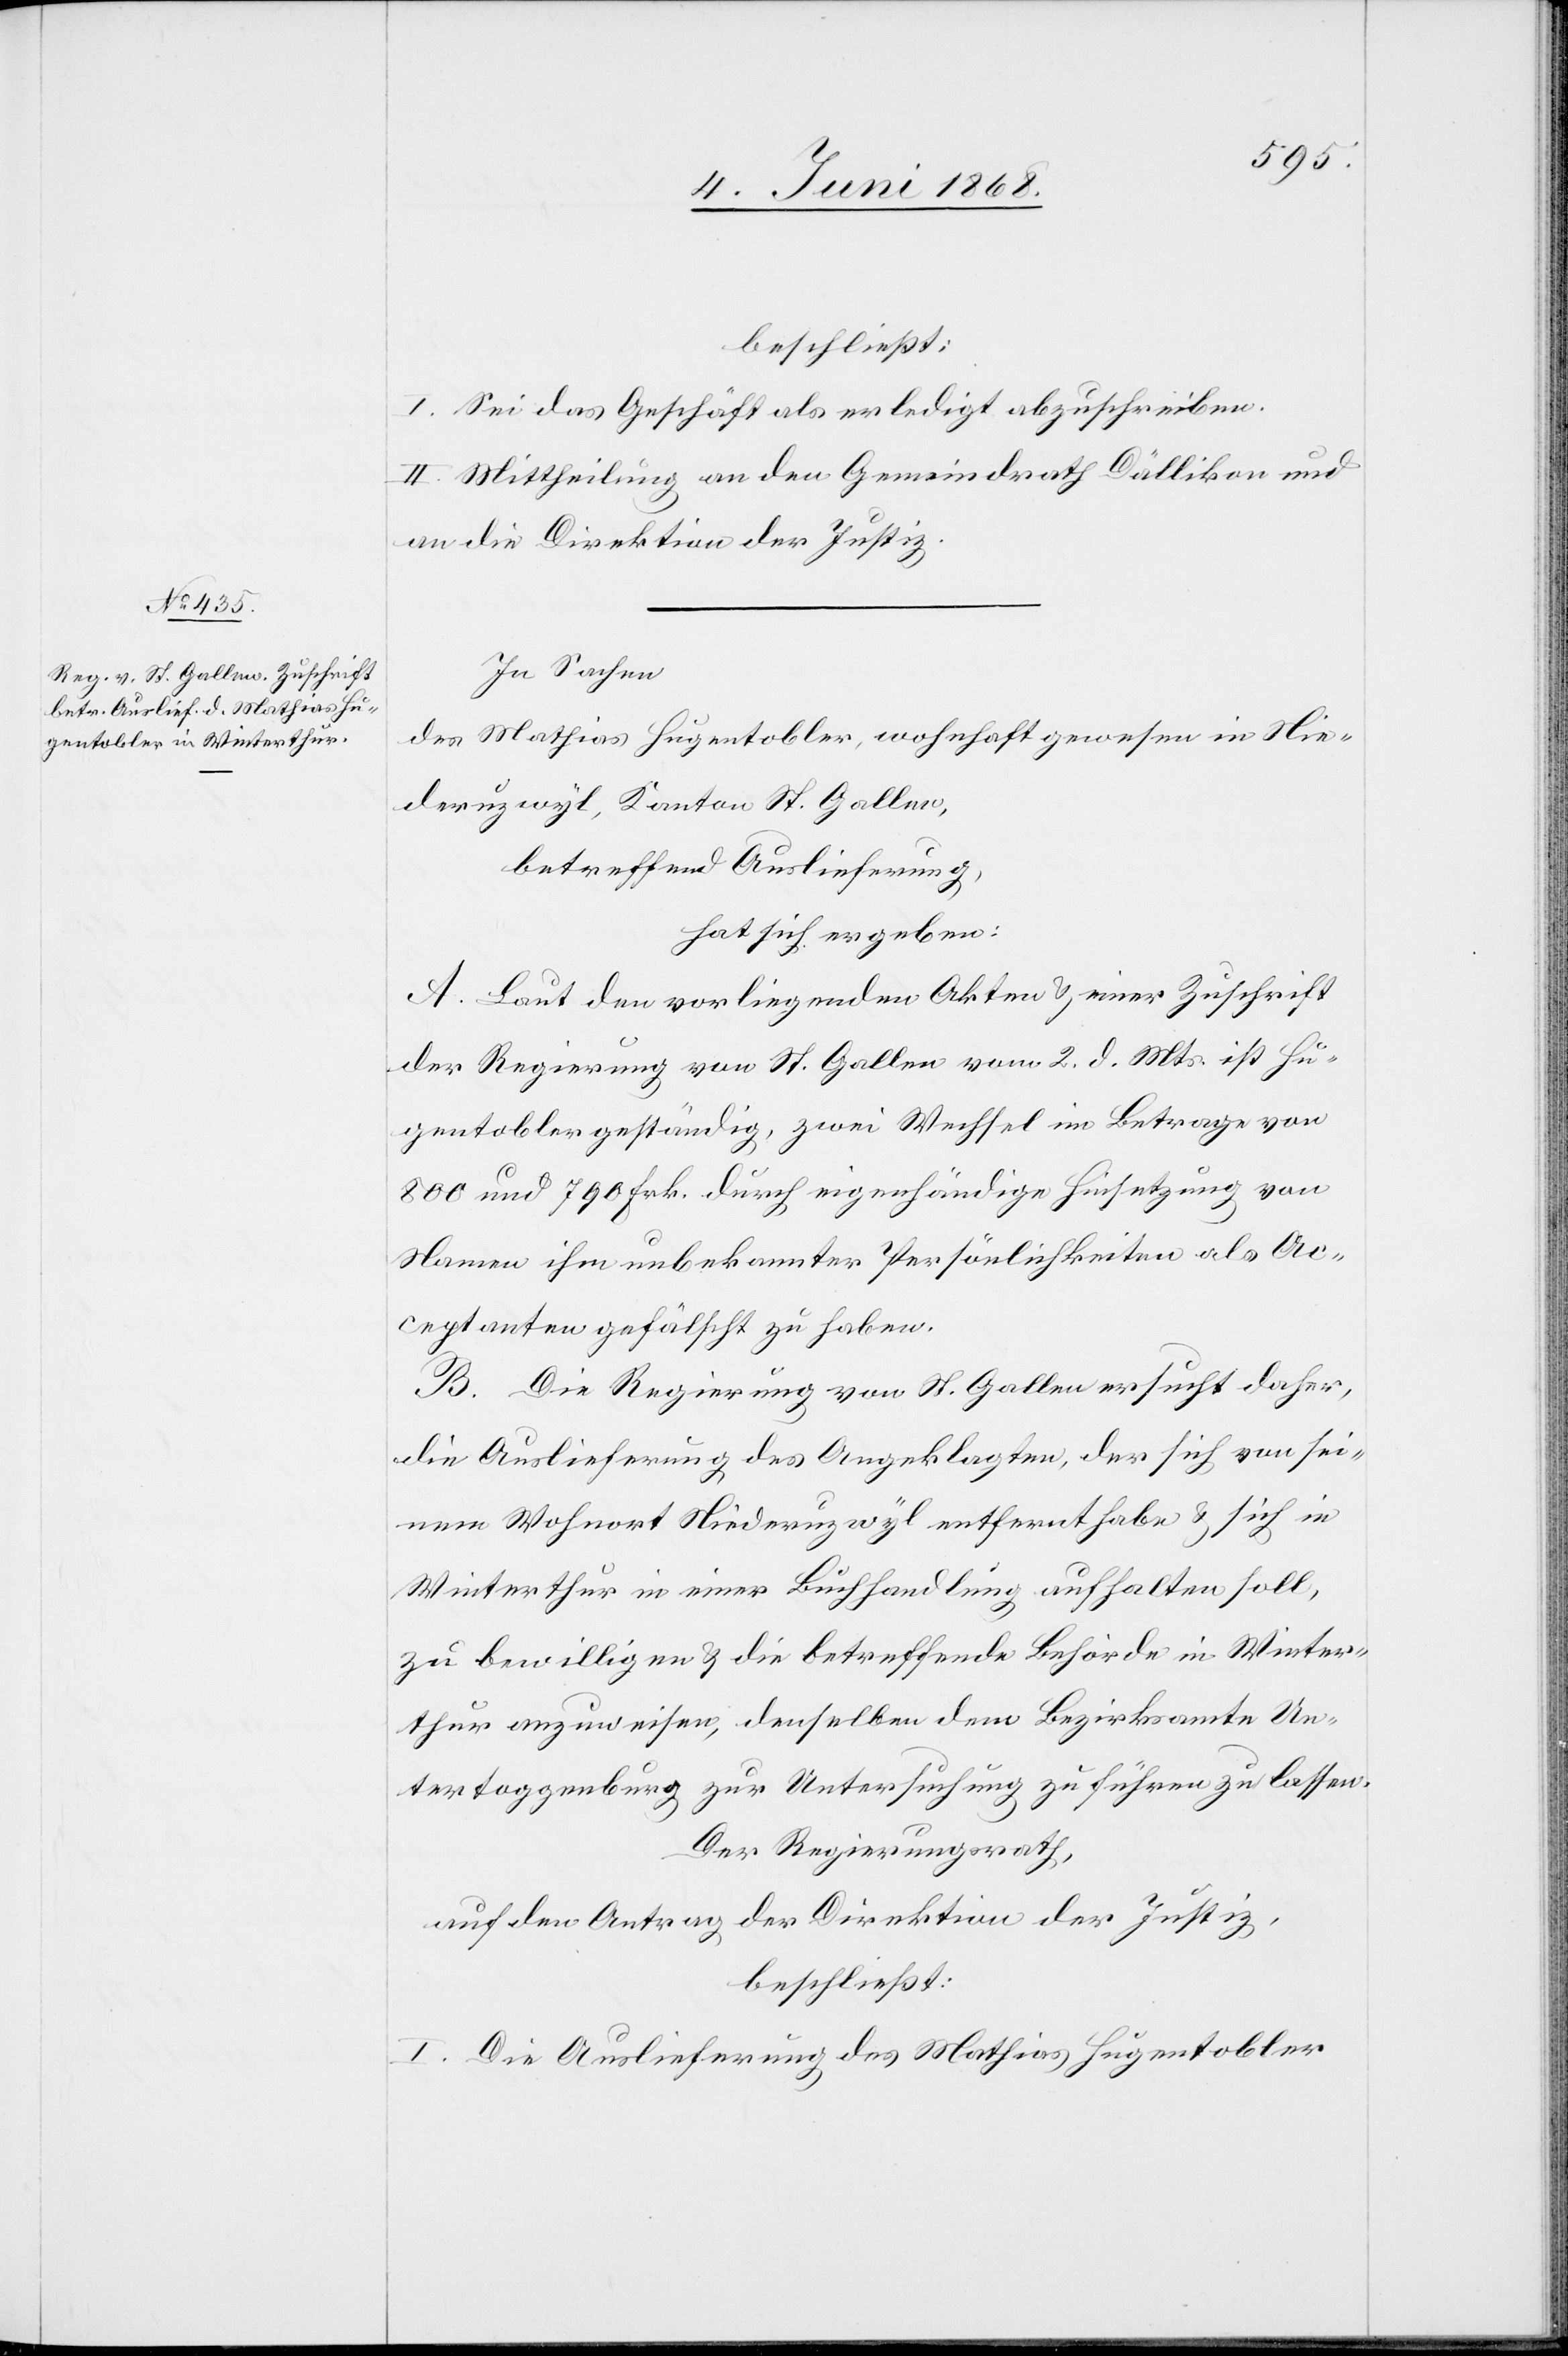
beschließt:
I. Sei das Geschäft als erledigt abzuschreiben.
II. Mittheilung an den Gemeindrath Dällikon und
an die Direktion der Justiz.
In Sachen
des Mathias Hugentobler, wohnhaft gewesen in Nie¬
deruzwyl, Kanton St. Gallen,
betreffend Auslieferung,
hat sich ergeben:
A. Laut den vorliegenden Akten & einer Zuschrift
der Regierung von St. Gallen vom 2. d. Mts. ist Hu¬
gentobler geständig, zwei Wechsel im Betrage von
800 und 790 Frk. durch eigenhändige Hinsetzung von
Namen ihm unbekannter Persönlichkeiten als Ac¬
ceptanten gefälscht zu haben.
B. Die Regierung von St. Gallen ersucht daher,
die Auslieferung des Angeklagten, der sich von sei¬
nem Wohnort Niederuzwyl entfernt habe & sich in
Winterthur in einer Buchhandlung aufhalten soll,
zu bewilligen & die betreffende Behörde in Winter¬
thur anzuweisen, denselben dem Bezirksamte Un¬
tertoggenburg zur Untersuchung zuführen zu lassen.
Der Regierungsrath,
auf den Antrag der Direktion der Justiz,
beschließt:
I. Die Auslieferung des Mathias Hugentobler